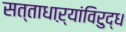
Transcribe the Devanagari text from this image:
सत्ताधाऱ्यांविरुद्ध